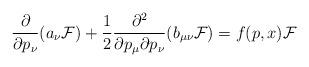
LaTeX: \begin{align*}\frac{\partial}{\partial p_\nu} (a_\nu{\cal F})+\frac{1}{2}\frac{\partial^2}{\partial p_\mu\partial p_\nu}(b_{\mu\nu}{\cal F})=f(p,x){\cal F}\end{align*}